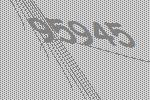
95945